Leaving Certificate Examination (including Day School Certificate (Higher) General paper), 1931
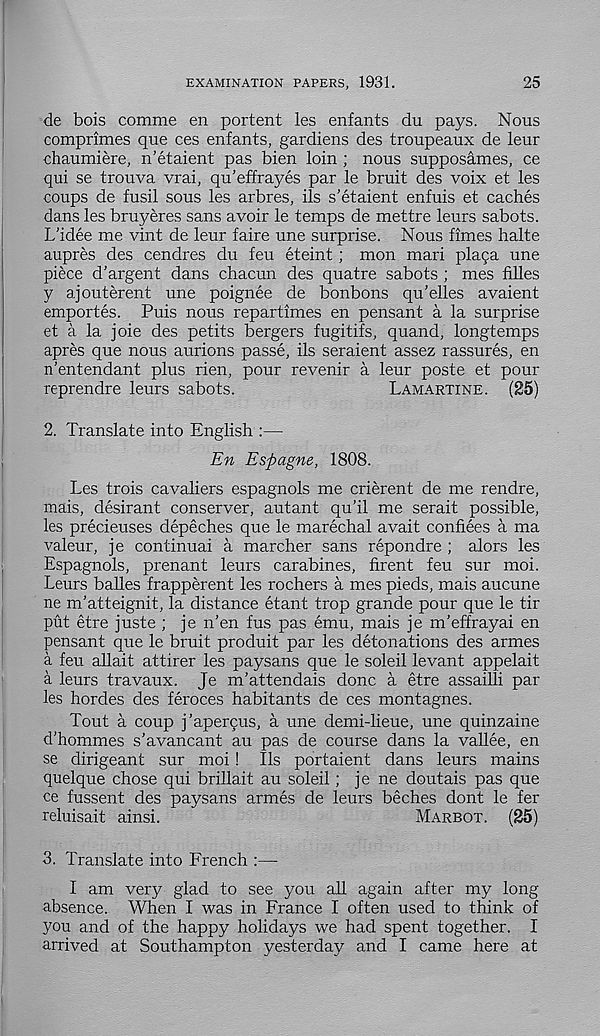
EXAMINATION PAPERS, 1931.
25
de bois comme en portent les enfants du pays. Nous
comprimes que ces enfants, gardiens des troupeaux de leur
chaumiere, n’etaient pas bien loin ; nous supposames, ce
qui se trouva vrai, qu’effrayes par le bruit des voix et les
coups de fusil sous les arbres, ils s'etaient enfuis et caches
dans les bruyeres sans avoir le temps de mettre leurs sabots.
L'idee me vint de leur faire une surprise. Nous fimes halte
aupres des cendres du feu eteint; mon mari plaga une
piece d’argent dans chacun des quatre sabots ; mes filles
y ajouterent une poignee de bonbons qu’elles avaient
emportes. Puis nous repartimes en pensant a la surprise
et a la joie des petits bergers fugitifs, quand, longtemps
apres que nous aurions passe, ils seraient assez rassures, en
n'entendant plus rien, pour revenir a leur poste et pour
reprendre leurs sabots.
LAMARTINE. (25)
2. Translate into English :—
En Espagne, 1808.
Les trois cavaliers espagnols me crierent de me rendre,
mais, desirant conserver, autant qu’il me serait possible,
les precieuses depeches que le marechal avait confiees a ma
valeur, je continuai a marcher sans repondre ; alors les
Espagnols, prenant leurs carabines, firent feu sur moi.
Leurs bahes frapperent les rochers a mes pieds, mais aucune
ne m’atteignit, la distance etant trop grande pour que le tir
put etre juste ; je n’en fus pas emu, mais je m’effrayai en
pensant que le bruit produit par les detonations des armes
a feu ahait attirer les paysans que le soldi levant appelait
a leurs travaux. Je m’attendais done a etre assailli par
les hordes des feroces habitants de ces montagnes.
Tout a coup j’apercus, a une demi-lieue, une quinzaine
d’hommes s’avancant au pas de course dans la vahee, en
se dirigeant sur moi! Ils portaient dans leurs mains
quelque chose qui brihait au soleil; je ne doutais pas que
ce fussent des paysans armes de leurs beches dont le fer
reluisait ainsi.
MARBOT.
(25)
3. Translate into French :—■
I am very glad to see you ah again after my long
absence. When I was in France I often used to think of
you and of the happy holidays we had spent together. I
arrived at Southampton yesterday and I came here at